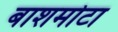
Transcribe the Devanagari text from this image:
बाशमोटा